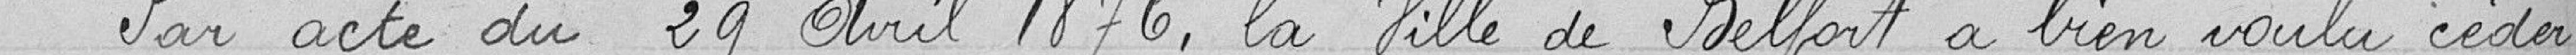
Par acte du 29 avril 1876, la Ville de Belfort a bien voulu céder